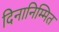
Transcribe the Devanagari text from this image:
दिनानिम्मित